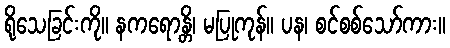
ရိုသေခြင်းကို။ နကရောန္တိ၊ မပြုကုန်။ ပန၊ စင်စစ်သော်ကား။